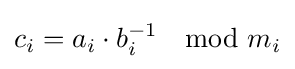
c_{i}=a_{i}\cdot b_{i}^{-1}\mod m_{i}